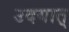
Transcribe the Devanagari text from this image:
उदयात्‌